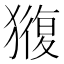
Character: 𭸬